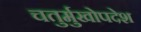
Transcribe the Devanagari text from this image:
चतुर्मुखोपदेश